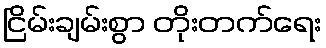
ငြိမ်းချမ်းစွာ တိုးတက်ရေး